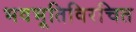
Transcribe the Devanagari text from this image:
भवभूतिविरचित